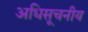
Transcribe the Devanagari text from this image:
अधिसूचनीय